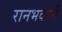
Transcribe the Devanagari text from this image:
रानभवानी